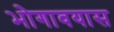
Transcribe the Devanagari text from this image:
भोगावयास